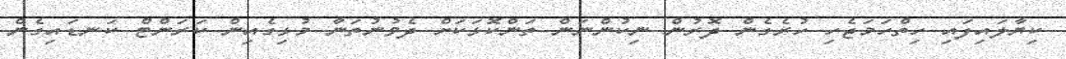
ކިޔާލައިފައި ހިތްހަމަޖެހި ހުރެގެން ދޮރުން ނިކުންނަން ތަންކޮޅަކަށް ދެވުނުތަނާ މުޅިގެއިން ކަރަންޓް ކަނޑައިގެން